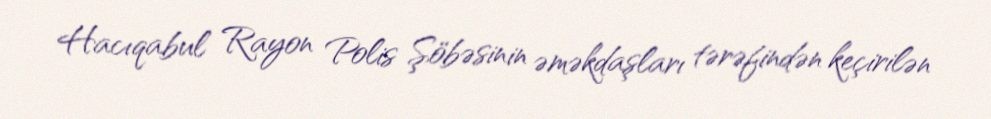
Hacıqabul Rayon Polis Şöbəsinin əməkdaşları tərəfindən keçirilən